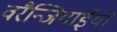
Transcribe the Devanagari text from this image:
वरैन्जियाईयों